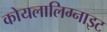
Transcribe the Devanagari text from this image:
कोयलालिग्नाइट